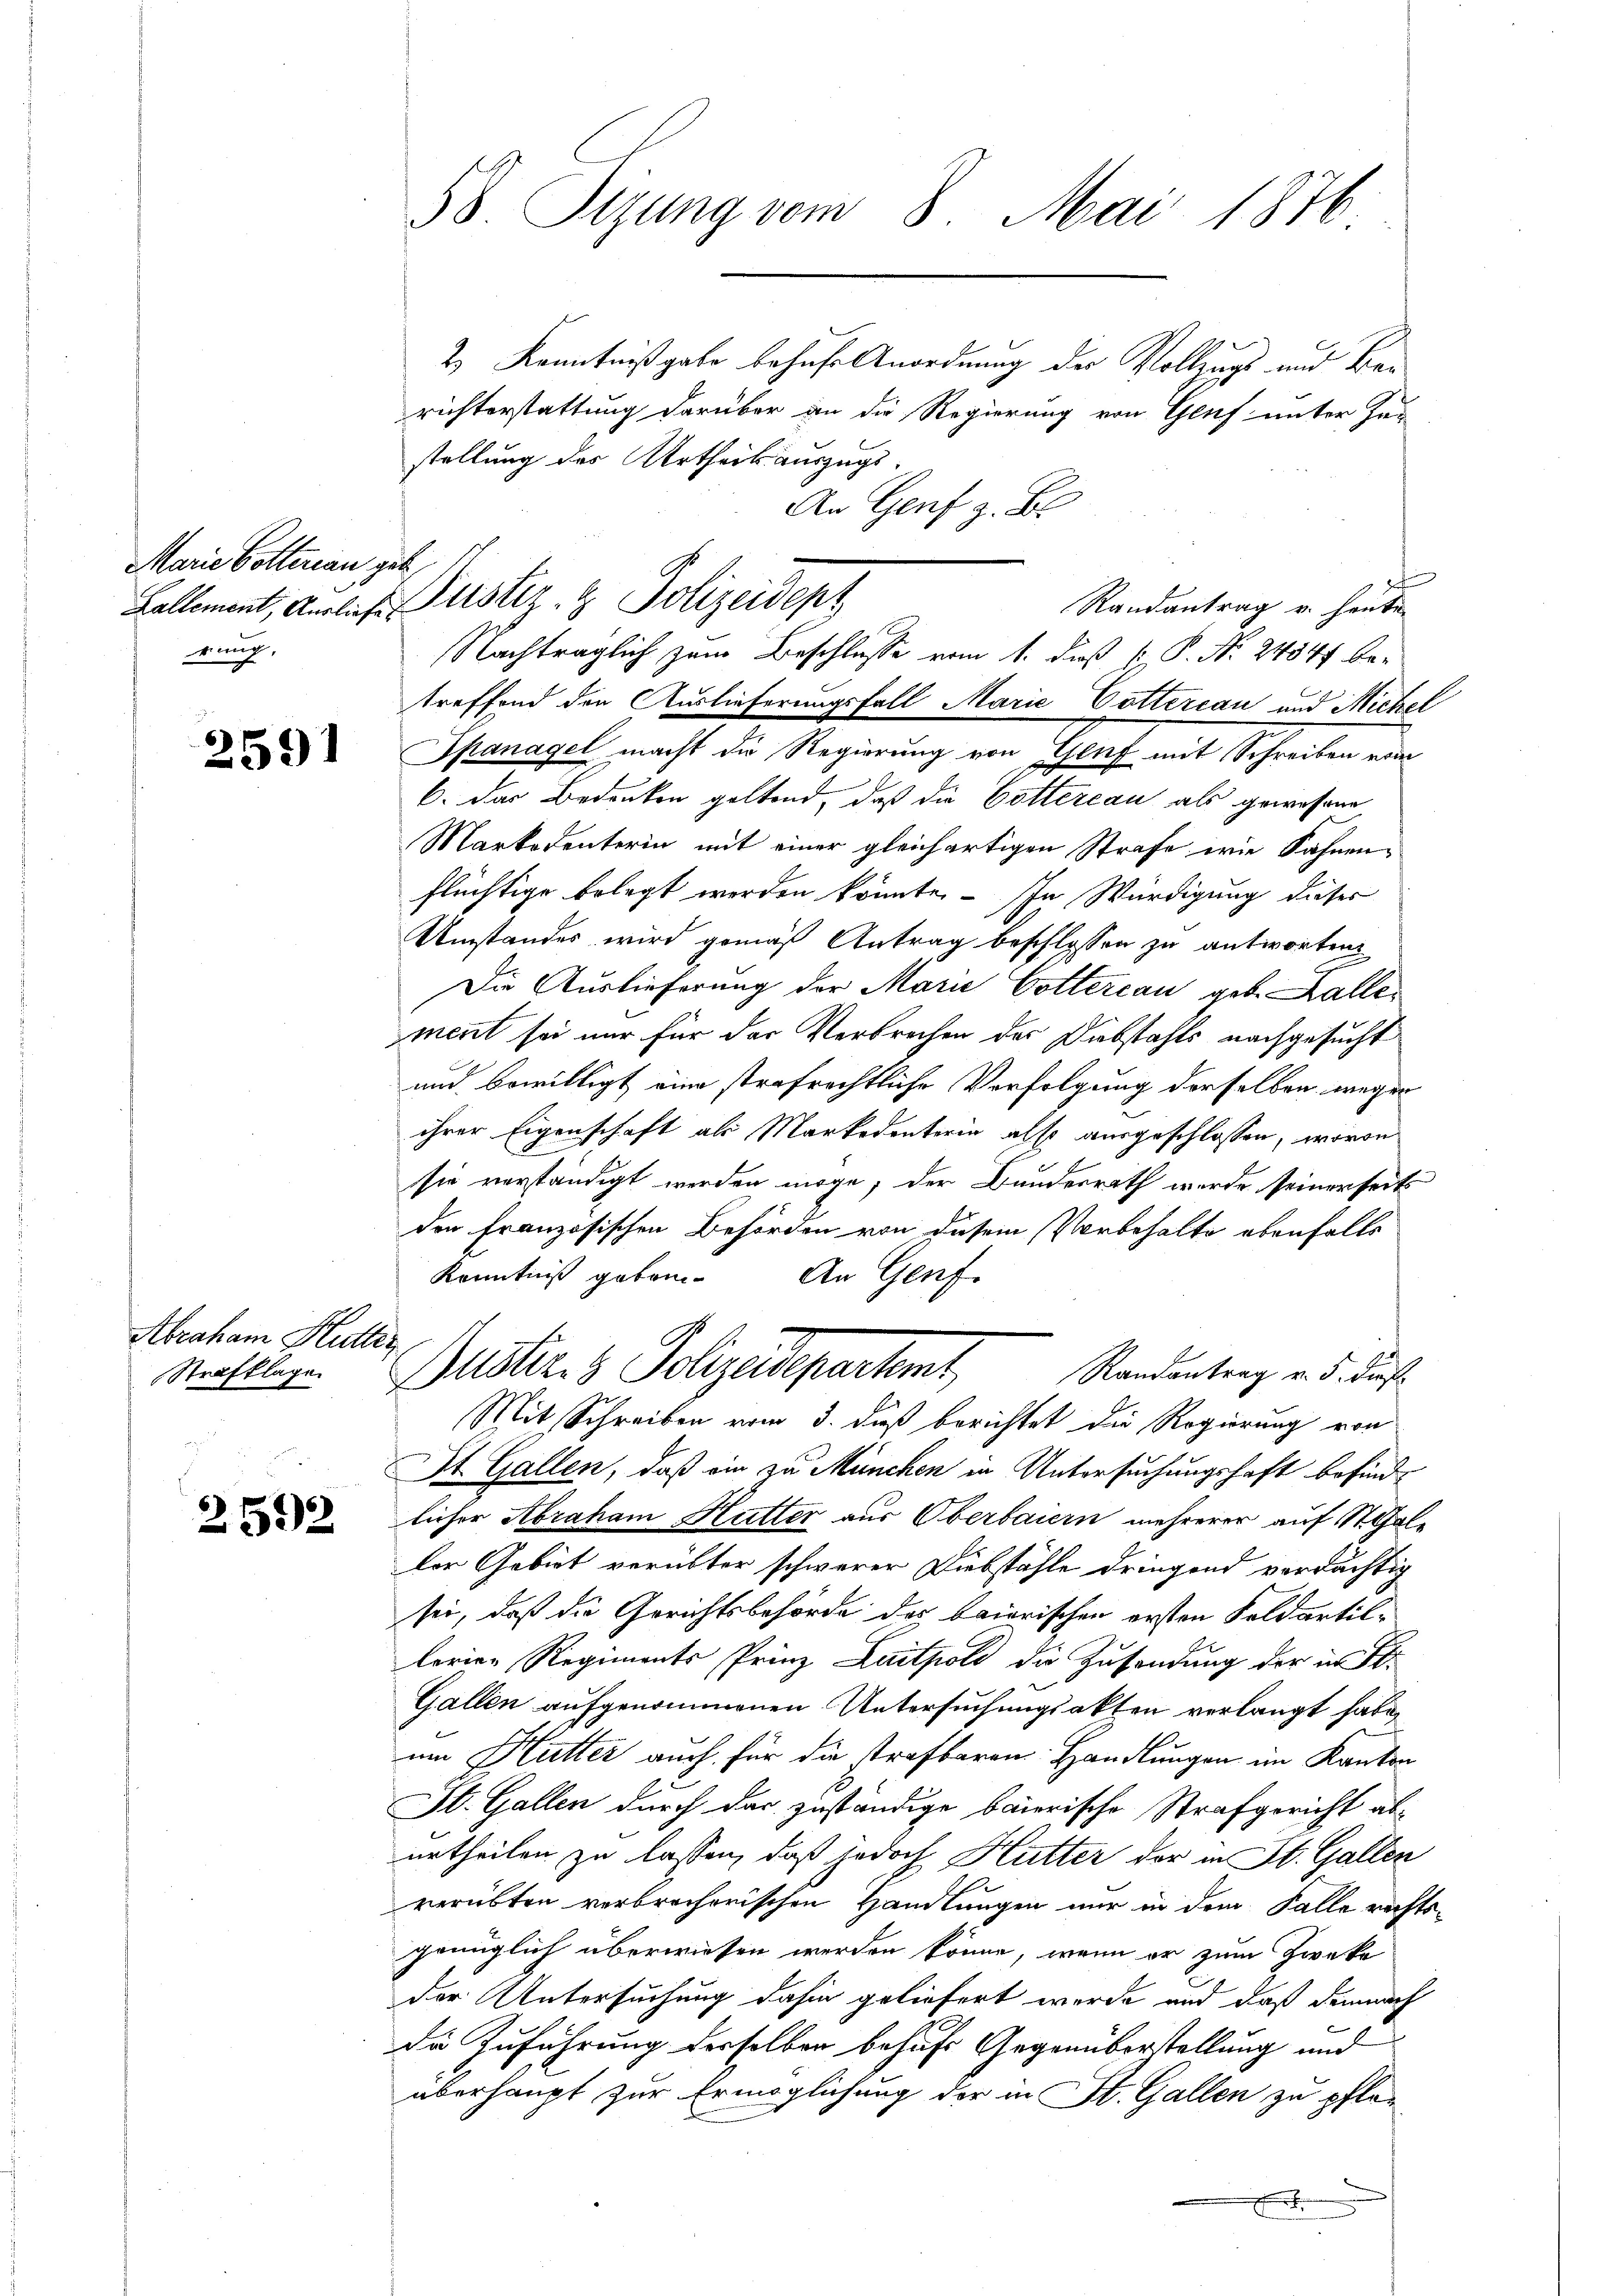
Marie Gotterian geb
rung,

2591

Abraham Kutter
Strafklage

2592

2) Kenntnißgabe behufe Anordnung der Vollings und Berichterstattung darüber an die Regierung von Genf unter Zu-
stellung des Urtheils auszugs-
An Genf z. B.
Randantrag u. heute
treffend den Auslieferungsfall Marie Cotterian und Michel
Spanagel macht die Regierung von Glief mit Schreiben ein
6. Das Bedenken geltend, daß die Gottercan als gewesene
Markodenterin mit einer gleichartigen Strafe wie Sahnen-
flüchtige belegt werden könnte. – In Würdigung dieser
Umstandes wird gemäß Antrag beschlossen zu antworten
Die Auslieferung der Marie Gottereau geb. Kallement sei nur für der Verbrechen der Diebstahls nachgesucht
und bewilligt eine strafrechtliche Verfolgung derselben wegen
ihrer Eigenschaft als Markedeuterin also ausgeschlossen, wovon
sie verständigt werden möge, der Bundesrath wurde seinerseits
den französischen Behörden von diesem Vorbehalte ebenfalls
Kenntniß geben. An Genf.
Puster 3 Polizeidepartamt Standentrag u. d. d.
Mit Schreiben vom 3. dieß berichtet die Regierung von
St. Gallen, daß ein zu München in Untersuchungshaft befindlicher Abraham Hutter aus Oberbaiern mehrerer auf St. Gallor Gebiet verübter schwerer Diebstähle dringend verdächtig
sei, daß die Gerichtsbehörde des baierischen ersten Feldartel-
lorier Regiments Prinz Laitpold die Zusendung der in St.
Gallen aufgenommenen Untersuchungsakten verlangt habe,
um Hütter auch für die strafbaren Handlungen im Kanton
St. Gallen durch das zuständige baierische Strafgericht aburtheilen zu lassen, daß jedoch Hutter der in St. Gallen
verübten verbrecherischen Handlungen nur in dem Falle rechtsgenüglich überwiesen werden könne, wenn er zum Zwecke
der Untersuchung dahin geliefert werde und daß demnach
de Zuführung derselben behufs Gegenüberstellung und
überhaupt zur Ermöglichung der in St. Gallen zu pfle¬

58 Sizung vom 8. Mai 1876

Lallement, verliche Justiz- & Polizeidenz

Nachträglich zum Beschlüsse vom 1. daß P. P. Nr. 24847 be-